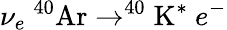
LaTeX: \nu_{e}\ ^{40}\mathrm{Ar}\rightarrow^{40}\mathrm{K}^{*}\ e^{-}